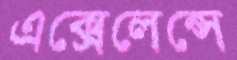
এক্সেলেন্সে